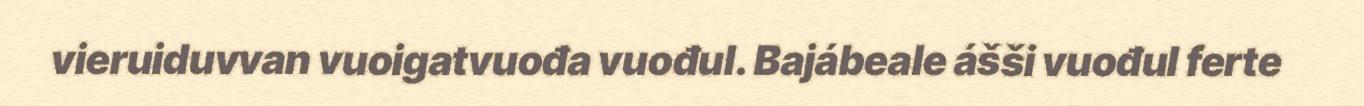
vieruiduvvan vuoigatvuođa vuođul. Bajábeale ášši vuođul ferte